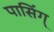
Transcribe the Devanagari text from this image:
पासिंग्